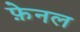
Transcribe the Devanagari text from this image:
फ़ेनल